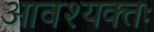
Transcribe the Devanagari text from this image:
आवश्यक्तः